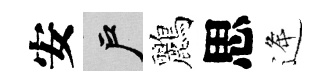
安户鸝思逄